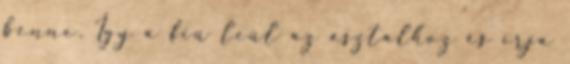
benne. Így a fiú leül az asztalhoz és írja